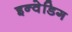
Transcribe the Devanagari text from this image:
इन्वेडिग